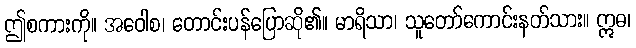
ဤစကားကို။ အဝေါစ၊ တောင်းပန်ပြောဆို၏။ မာရိသာ၊ သူတော်ကောင်းနတ်သား။ ဣဓ၊